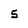
Character: 5